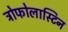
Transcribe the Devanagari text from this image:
ट्रोफोलास्टिन